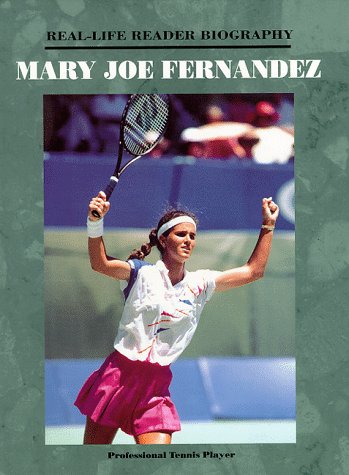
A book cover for Mary Joe Fernandez (Real-Life Reader Biography); Melanie Cole; Children's Books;